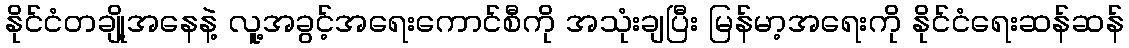
နိုင်ငံတချို့အနေနဲ့ လူ့အခွင့်အရေးကောင်စီကို အသုံးချပြီး မြန်မာ့အရေးကို နိုင်ငံရေးဆန်ဆန်